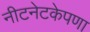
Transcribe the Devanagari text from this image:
नीटनेटकेपणा